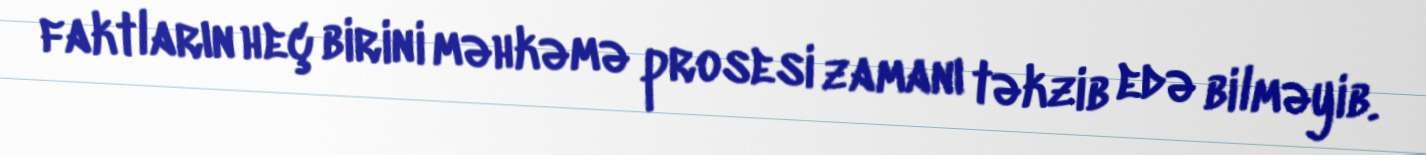
faktların heç birini məhkəmə prosesi zamanı təkzib edə bilməyib.